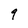
Character: 9